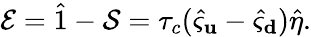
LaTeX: \mathcal{E}=\hat{1}-\mathcal{S}=\tau_{c}(\hat{\varsigma}_{\mathbf u}-\hat{\varsigma}_{\mathbf d})\hat{\eta}.